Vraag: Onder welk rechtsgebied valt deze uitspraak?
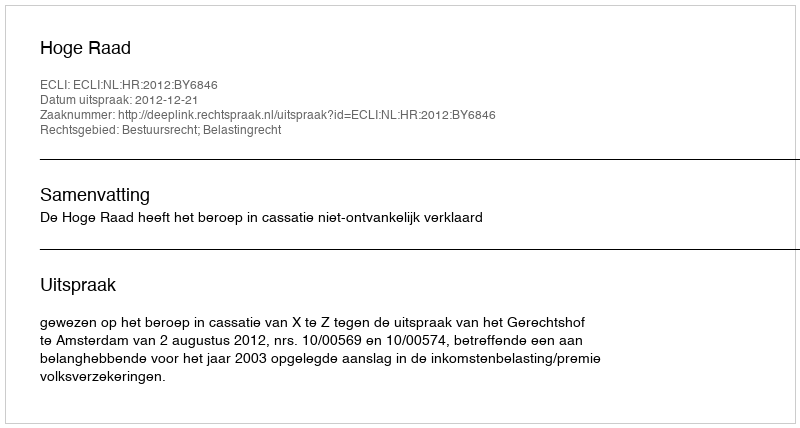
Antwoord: Bestuursrecht; Belastingrecht